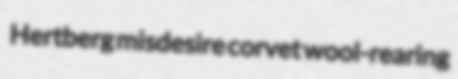
Hertberg misdesire corvet wool-rearing